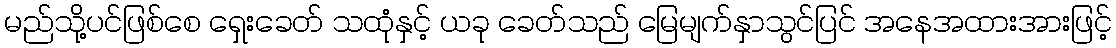
မည်သို့ပင်ဖြစ်စေ ရှေးခေတ် သထုံနှင့် ယခု ခေတ်သည် မြေမျက်နှာသွင်ပြင် အနေအထားအားဖြင့်